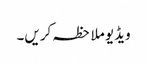
ویڈیو ملاحظہ کریں۔